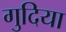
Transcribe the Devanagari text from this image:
गुदिया